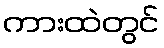
ကားထဲတွင်